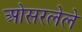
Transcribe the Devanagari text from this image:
ओसरलेले